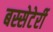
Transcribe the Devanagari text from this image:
बस्सेटेर्री